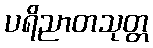
ပရိညာတသုတ္တ